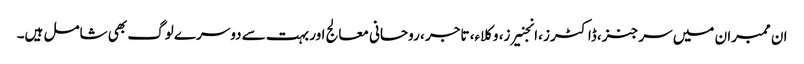
ان ممبران میں سرجنز، ڈاکٹرز ،انجنیرز، وکلاء، تاجر ، روحانی معالج اور بہت سے دوسرے لوگ بھی شامل ہیں۔